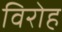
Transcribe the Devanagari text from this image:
विरोह